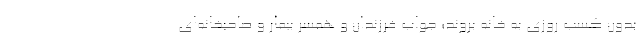
بدون کسب روزی به خانه بروند؛ جواب فرزندان و همسر بیمار و صاحبخانه‌ای